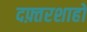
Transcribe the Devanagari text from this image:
दफ़्तरशाहों